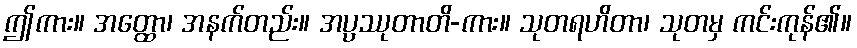
ဤကား။ အတ္ထော၊ အနက်တည်း။ အပ္ပဿုတာတိ-ကား။ သုတရဟိတာ၊ သုတမှ ကင်းကုန်၏။